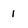
Character: 1